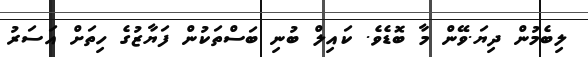
ލިބެމުން ދިޔަ.ވޭން މާ ބޮޑެވެ. ކައިލް ބުނި ބަސްތަކުން ފަޔާޒުގެ ހިތަށް އަސަރު